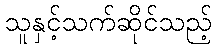
သူနှင့်သက်ဆိုင်သည့်